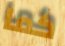
كما